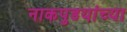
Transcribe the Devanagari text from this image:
नाकपुडयांच्या